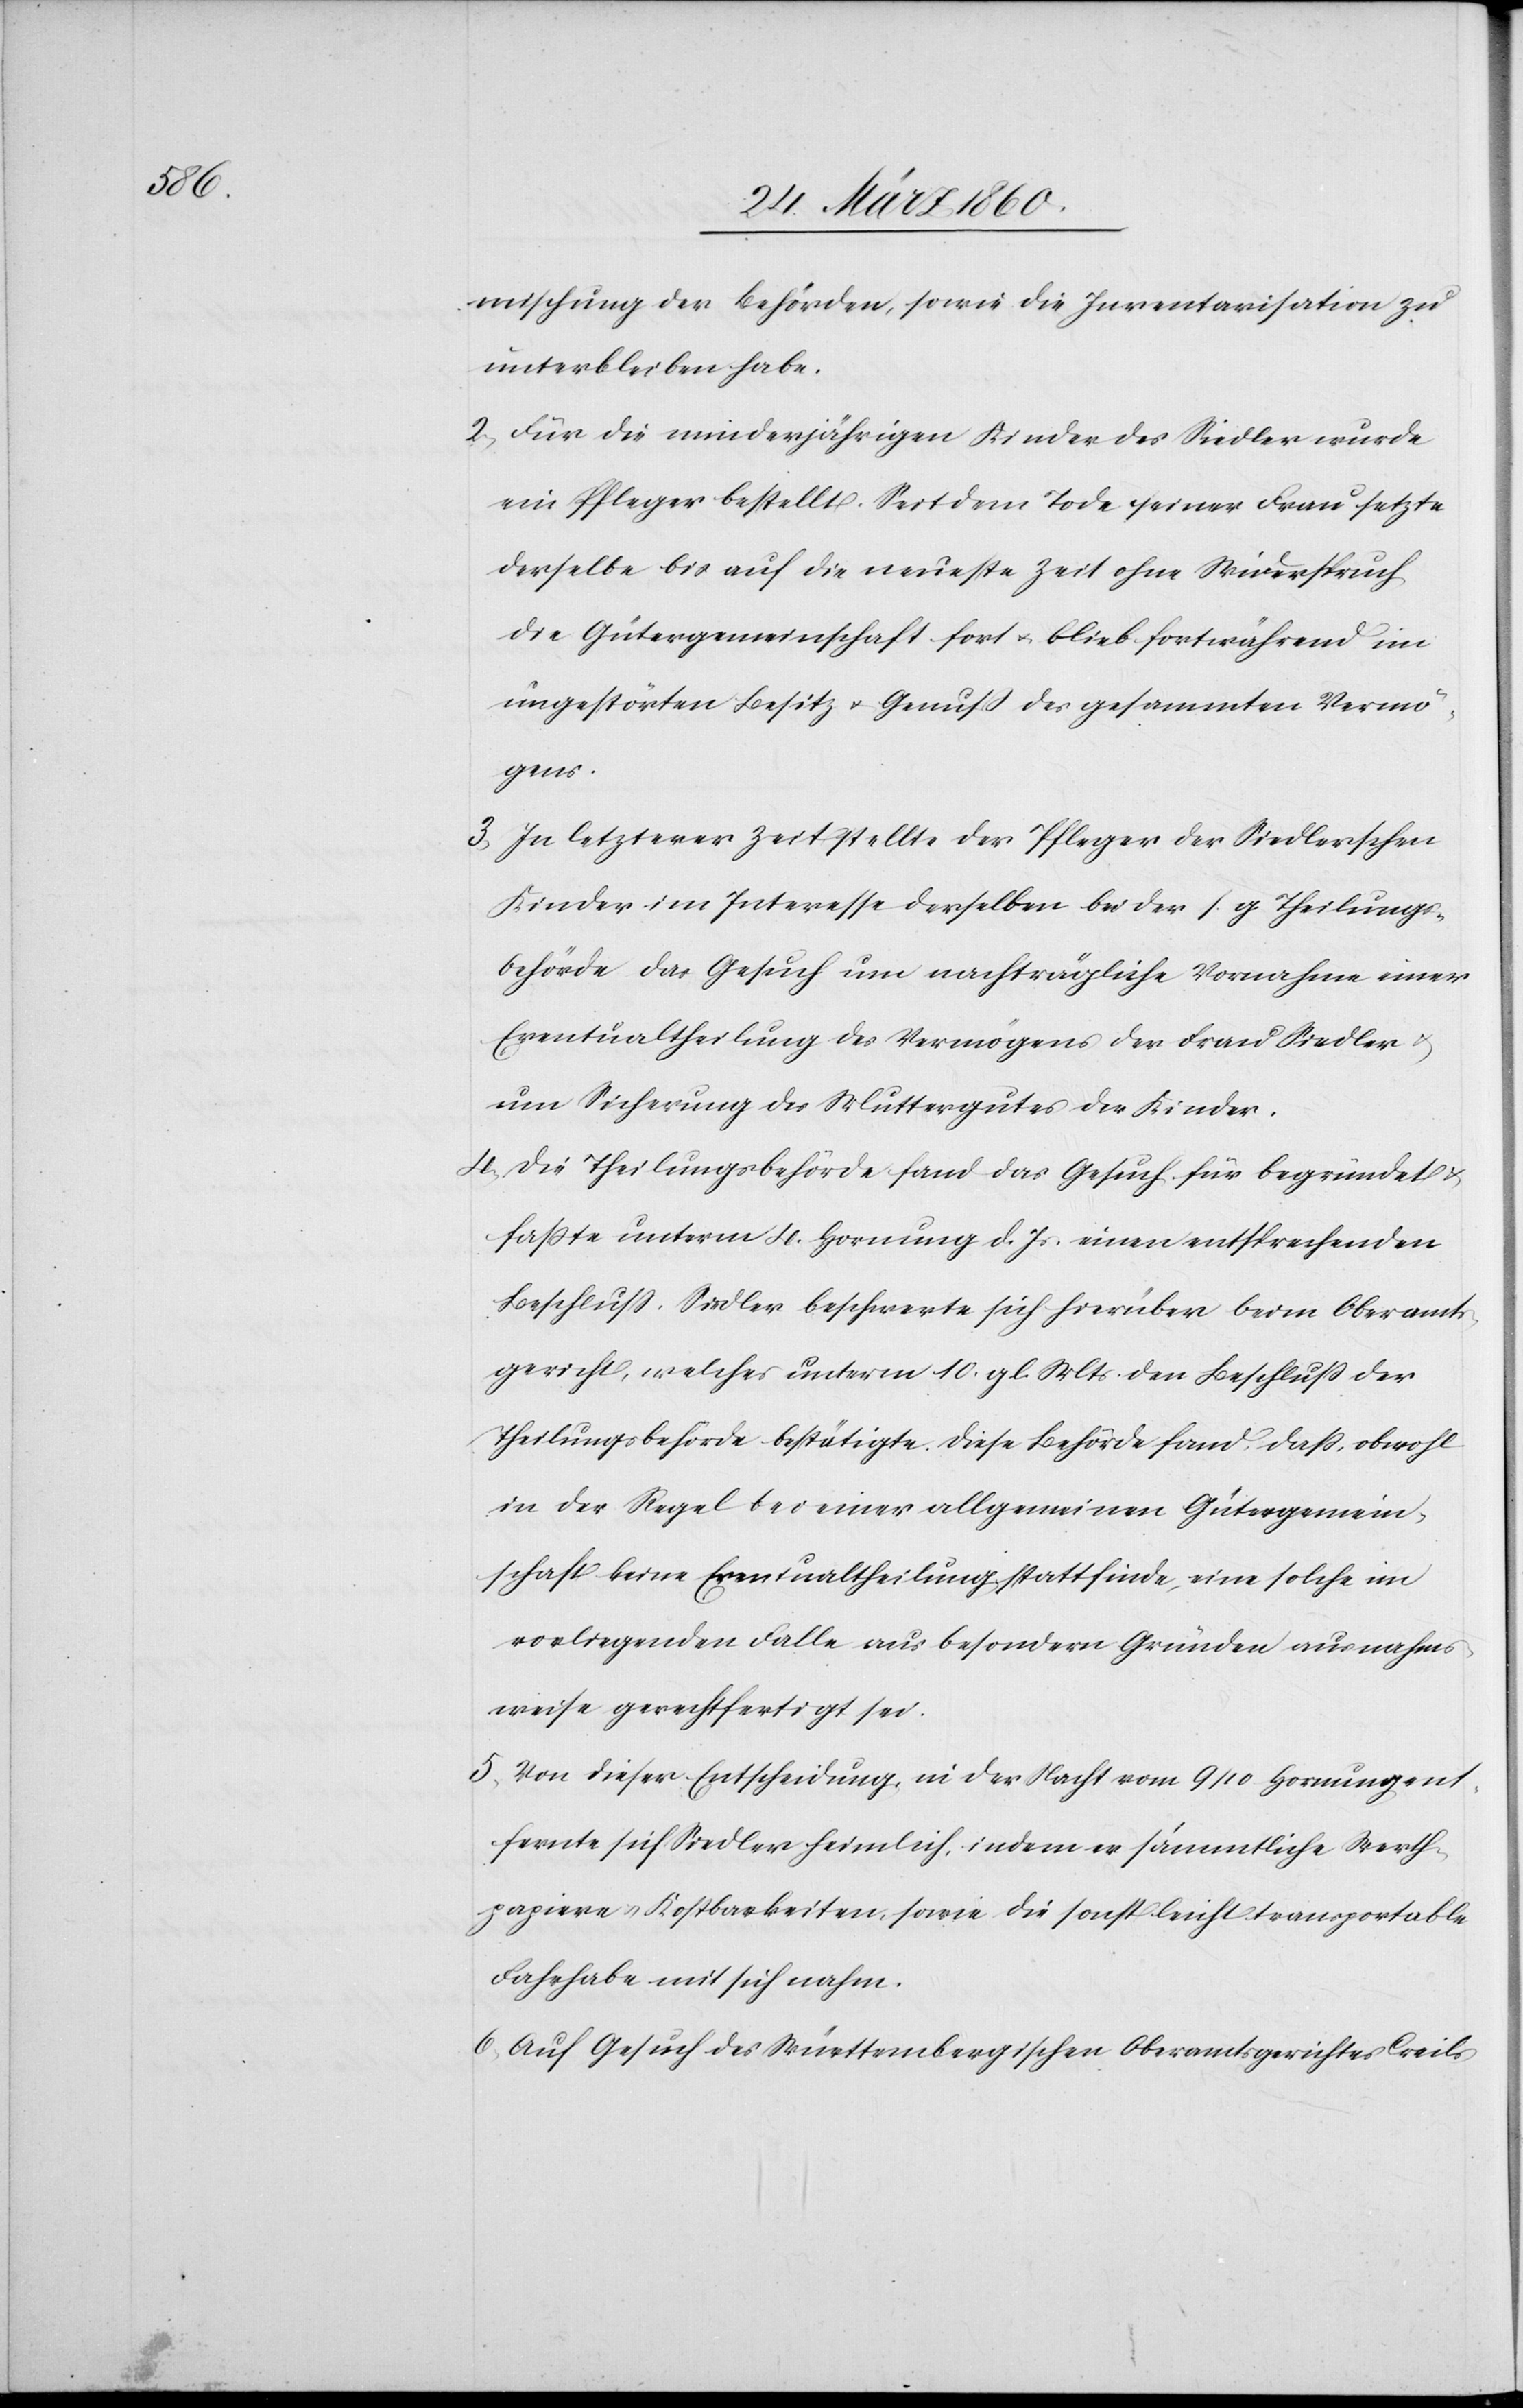
mischung der Behörden, sowie die Inventarisation zu
unterbleiben habe.
2. Für die minderjährigen Kinder des Siedler wurde
ein Pfleger bestellt. Seit dem Tode seiner Frau setzte
derselbe bis auf die neueste Zeit ohne Widerspruch
die Gütergemeinschaft fort u. blieb fortwährend im
ungestörten Besitz u. Genuß des gesammten Vermö¬
gens.
3. In letzterer Zeit stellte der Pfleger der Siedlerschen
Kinder im Interesse derselben bei der s. g. Theilungs¬
behörde das Gesuch um nachträgliche Vornahme einer
Eventualtheilung des Vermögens der Frau Siedler
um Sicherung des Muttergutes der Kinder.
4. Die Theilungsbehörde fand das Gesuch für begründet u.
faßte unterm 4. Hornung d. Js. einen entsprechenden
Beschluss. Siedler beschwerte sich hierüber beim Oberamts¬
gericht, welches unterm 10. gl. Mts. den Beschluss der
Theilungsbehörde bestätigte. Diese Behörde fand, dass, obwohl
in der Regel bei einer allgemeinen Gütergemein¬
schaft keine Eventualtheilung statt finde, eine solche im
vorliegenden Falle aus besondern Gründen ausnahms¬
weise gerechtfertigt sei.
5. Von dieser Entscheidung, in der Nacht vom 9/10 Hornung ent¬
fernte sich Siedler heimlich, indem er sämmtliche Werth¬
papiere u. Kostbarkeiten, sowie die sonst leicht transportable
Fahrhabe mit sich nahm.
6. Auf Gesuch des Württembergischen Oberamtsgerichtes Creils-